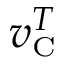
v _ { \scriptscriptstyle \mathrm { C } } ^ { T }